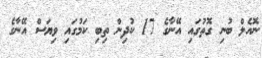
ނޮއެލް ބުނި ގޮތުގައި އޭނާގެ 17 ކުދިން ތިބި ކަމުގައި ވިޔަސް އޭނާގެ